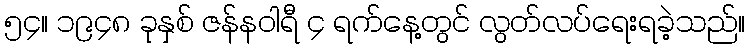
၅၄။ ၁၉၄၈ ခုနှစ် ဇန်နဝါရီ ၄ ရက်နေ့တွင် လွတ်လပ်ရေးရခဲ့သည်။